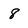
Character: 8